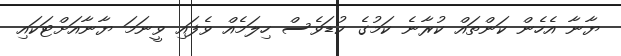
ޔާނާ އެހެން ކަންތައް ކުރާނެ ކަމުގެ ކުޑަވެސް ހިލަމެއް ވެފައި ވީނަމަ ޔާނާއަށްޓަކައި